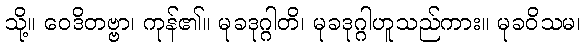
သို့။ ဝေဒိတဗ္ဗာ၊ ကုန်၏။ မုခဒုဂ္ဂါတိ၊ မုခဒုဂ္ဂါဟူသည်ကား။ မုခဝိသမ၊